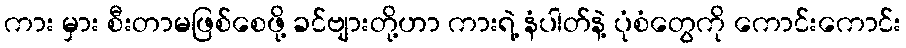
ကား မှား စီးတာမဖြစ်စေဖို့ ခင်ဗျားတို့ဟာ ကားရဲ့ နံပါတ်နဲ့ ပုံစံတွေကို ကောင်းကောင်း